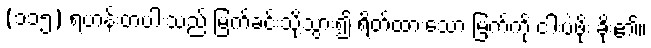
(၁၁၅) ရဟန်းတပါးသည် မြက်ခင်းသို့သွား၍ ရိတ်ထားသော မြက်ကို ငါးပဲဖိုး ခိုး၏။